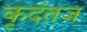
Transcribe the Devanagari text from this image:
कृदंतज